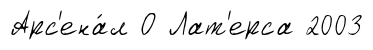
Арс'ена́л О Лат'ерса 2003